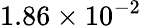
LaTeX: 1.86\times 10^{-2}